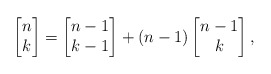
\begin{align*}\left [ \begin{matrix}n\\ k \end{matrix}\right]=\left [ \begin{matrix}n-1\\ k-1 \end{matrix}\right]+(n-1)\left [ \begin{matrix}n-1\\ k \end{matrix}\right],\end{align*}